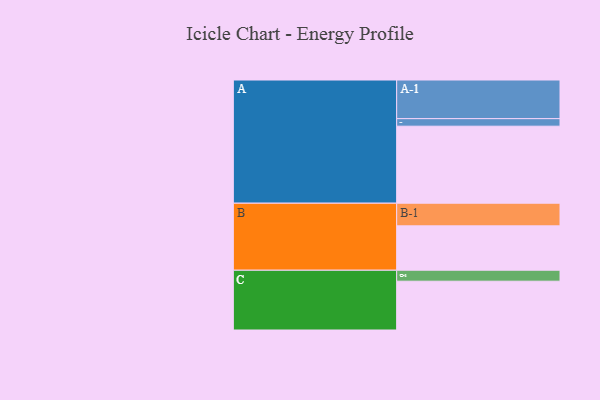
{"axis": {"x": "Segment", "y": "Value"}, "legend": ["", "A", "B", "C"], "data": [{"x": "A", "y": 562, "type": ""}, {"x": "B", "y": 324, "type": ""}, {"x": "C", "y": 356, "type": ""}, {"x": "A-1", "y": 282, "type": "A"}, {"x": "A-2", "y": 55, "type": "A"}, {"x": "B-1", "y": 165, "type": "B"}, {"x": "C-1", "y": 80, "type": "C"}]}